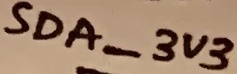
Text: SDA_3V3